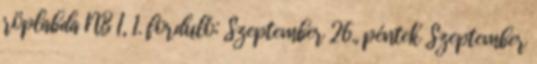
röplabda NB I, 1. forduló: Szeptember 26., péntek Szeptember